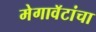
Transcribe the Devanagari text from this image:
मेगावॅटांचा